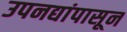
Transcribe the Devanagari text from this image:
उपनद्यांपासून